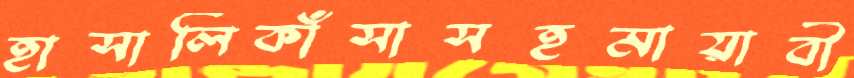
হাসালিকাঁসাসহমায়াবী